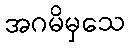
အဂမိမှသေ